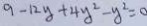
9 - 1 2 y + 4 y ^ { 2 } - y ^ { 2 } = 0